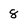
Character: 8